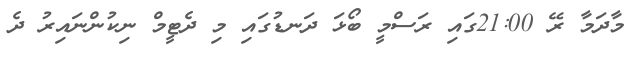
މާދަމާ ރޭ 21:00ގައި ރަސްމީ ބޯޅަ ދަނޑުގައި މި ދެޓީމް ނިކުންނައިރު ދެ